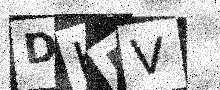
Text: DKFV